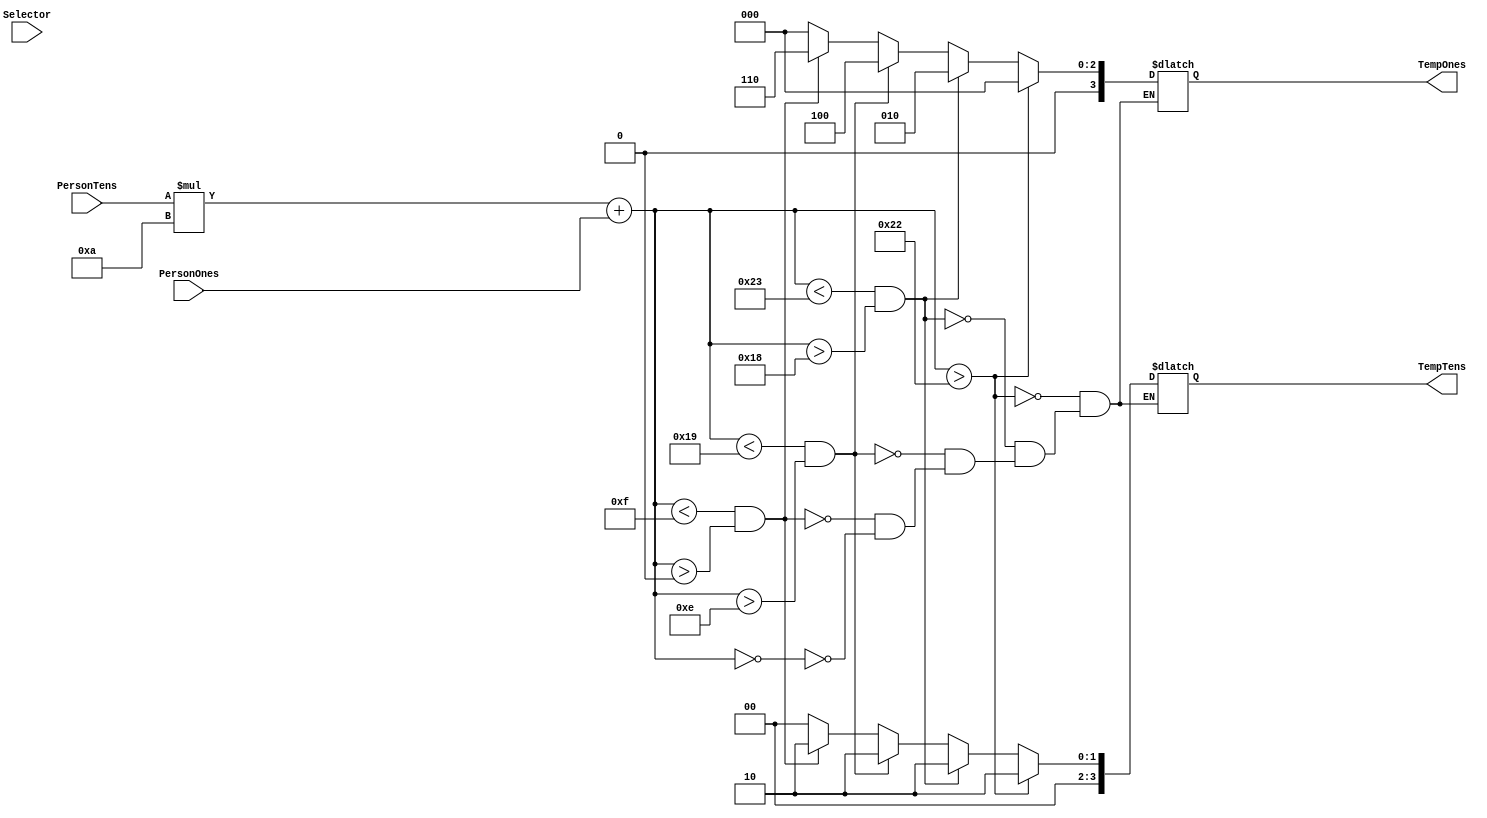
module OptimumTemperature(Selector, PersonTens, PersonOnes, TempTens, TempOnes);

	//inputs
	input [7:0] Selector;
	input [3:0] PersonTens, PersonOnes;
	
	//outputs
	output reg [3:0] TempTens, TempOnes;

	//variables
	reg [6:0] TotalPersons;
	
		always @(Selector == 3) begin
		TotalPersons <= PersonTens * 10 + PersonOnes;
		
		if(TotalPersons == 0) begin
		TempTens <= 4'b0000;
		TempOnes <= 4'b0000;
		end
		
		if(TotalPersons < 15 && TotalPersons > 0) begin
		TempTens <= 4'b0010;
		TempOnes <= 4'b0110;
		end
		if(TotalPersons < 25 && TotalPersons > 14) begin
		TempTens <= 4'b0010;
		TempOnes <= 4'b0100;
		end
		
		if(TotalPersons < 35 && TotalPersons > 24) begin
		TempTens <= 4'b0010;
		TempOnes <= 4'b0010;
		end

		if( TotalPersons > 34) begin
		TempTens <= 4'b0010;
		TempOnes <= 4'b0000;
		end
		
		end
endmodule